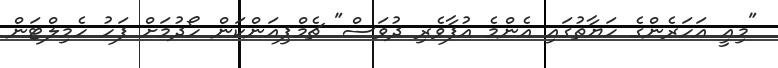
"މިއީ އަހަރެންގެ ހަޔާތުގައި އެންމެ އުފާވެރި ދުވަސް" ޗެމްޕިއަންކަން ހޯދުމަށް ފަހު ހެމިލްޓަން